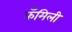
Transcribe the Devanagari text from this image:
फँमिली